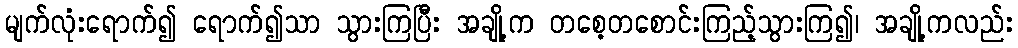
မျက်လုံးရောက်၍ ရောက်၍သာ သွားကြပြီး အချို့က တစေ့တစောင်းကြည့်သွားကြ၍၊ အချို့ကလည်း